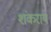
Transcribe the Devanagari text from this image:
शंकराय